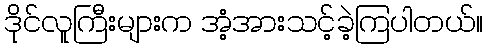
ဒိုင်လူကြီးများက အံ့အားသင့်ခဲ့ကြပါတယ်။